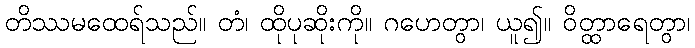
တိဿမထေရ်သည်။ တံ၊ ထိုပုဆိုးကို။ ဂဟေတွာ၊ ယူ၍။ ဝိတ္ထာရေတွာ၊